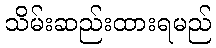
သိမ်းဆည်းထားရမည်